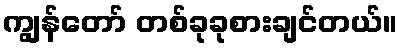
ကျွန်တော် တစ်ခုခုစားချင်တယ်။